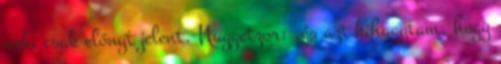
neki csak előnyt jelent. Nuggetzor: .és azt kihagytam, hogy